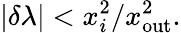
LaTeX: |\delta\lambda|<{x_{i}^{2}}/{x_{\mathrm{out}}^{2}}.